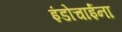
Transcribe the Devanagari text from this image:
इंडोचाईना